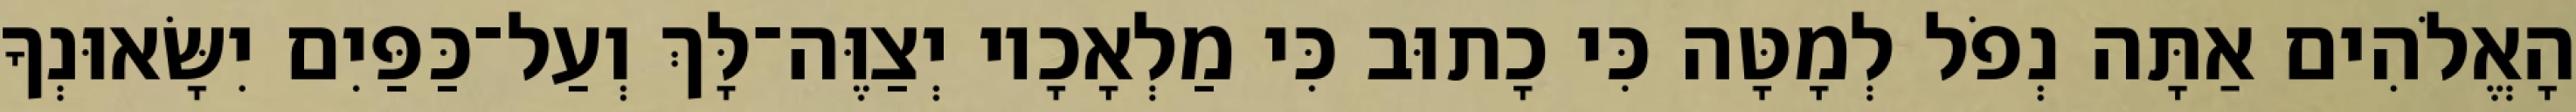
הָאֱלֹהִים אַתָּה נְפֹל לְמָטָּה כִּי כָתוּב כִּי מַלְאָכָיו יְצַוֶּה־לָּךְ וְעַל־כַּפַּיִם יִשָּׂאוּנְךָ